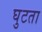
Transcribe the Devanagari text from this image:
घुटता